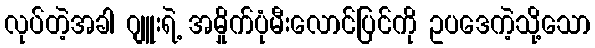
လုပ်တဲ့အခါ ဂျူးရဲ့ အမှိုက်ပုံမီးလောင်ပြင်ကို ဥပဒေကဲ့သို့သော